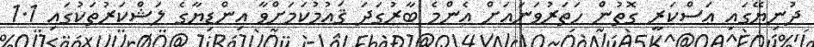
ދުނިޔޭގައި ޢަސްކަރީ ގޮތުން ހަތަރުވަނައަށް އެންމެ ބާރުގަދަ ޤައުމުކަމަށްވާ އިންޑިޔާގެ ލަޝްކަރުތަކުގައި 1.1